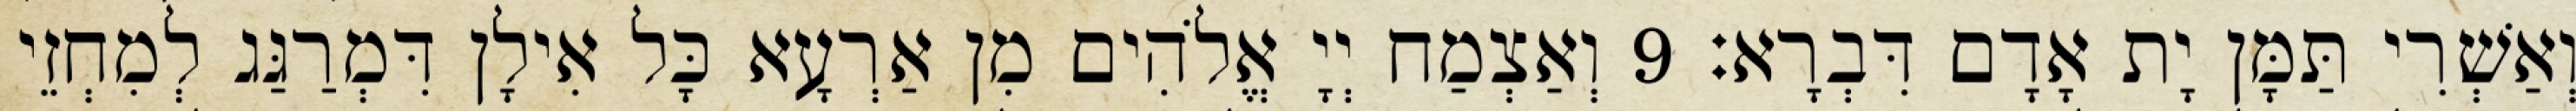
וְאַשְׁרִי תַּמָּן יָת אָדָם דִּבְרָא׃ 9 וְאַצְמַח יְיָ אֱלֹהִים מִן אַרְעָא כָּל אִילָן דִּמְרַגַּג לְמִחְזֵי